Civil Veterinary Department Bihar reports 1936-40 - 1936-1940
Year: 1936
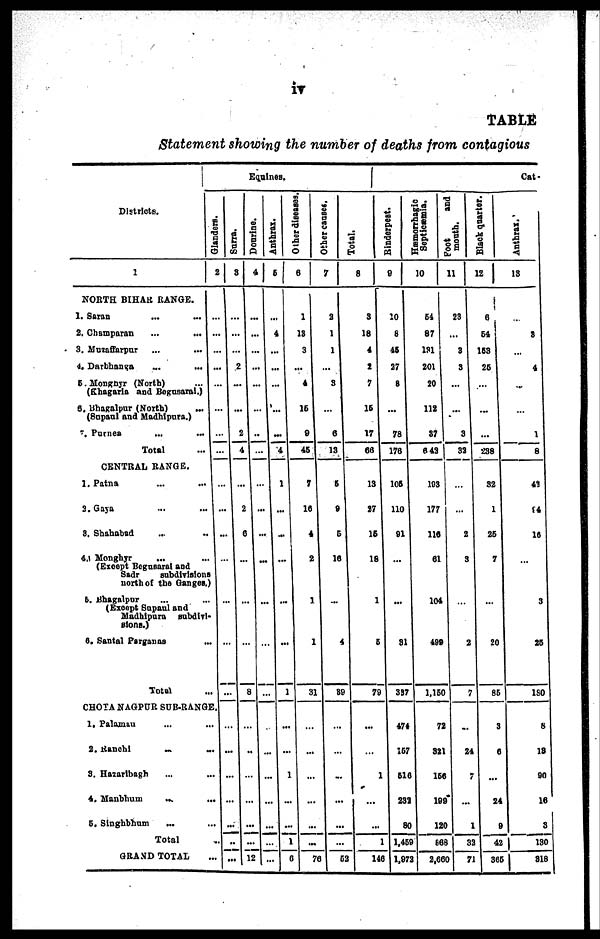
iv
TABLE
Statement showing the number of deaths from contagious
Districts.
1
NORTH BIHAR RANGE.
1. Saran ... ...
2. Champaran... ...
3. Muzaffarpur ... ...
4. Darbhanga ... ...
5. Mongnyr (North) ...
(Khagaria and Begusaral.)
6, Bhagalpur (North)
...
(Snpanl and Madhipura.)
7. Purnea ... ...
Total ...
CENTRAL RANGE.
1. Patna ... ...
3. Gaya ... ...
8. Shahabad ... ...
4. Monghyr ... ...
(Except Begnsarai and
Sadr
subdivisions
north of the Ganges.)
5. Bhagalpar ... ...
(Except Supaul and
Madhipura subdivi-
sions.)
6. Santal Parganas ...
Total
CHOTA NAGPUR SUB-RANGE
1. Palaman ...
2.
Ranchi
...
3. Hazaribagh ...
4.
Manbhum
...
5. Singhbhum
...
Total
GRAND TOTAL
Equines.
Glanders.
2
...
...
...
...
...
...
...
...
...
...
..
...
...
...
...
...
...
..
...
...
...
...
Sana.
8
...
...
...
2
...
...
2
4
...
2
6
...
...
...
...
...
...
...
...
...
...
...
Dourine.
4
...
...
...
...
...
...
..
...
...
...
...
...
...
...
8
... ...
... ...
... ...
... ...
... ...
... ...
12 ..
Anthrax.
5
...
4
...
...
...
...
...
4
1
...
...
...
...
...
1
...
...
1
...
...
1
6
Other diseases
6
1
13
3
...
4
16
9
45
7
16
4
2
1
1
31
...
...
...
...
...
...
76
Other causes.
7
2
1
1
...
3
...
6
13
5
9
5
16
...
4
89
...
...
...
...
...
...
52
Total.
8
3
18
4
2
7
15
17
66
13
27
15
18
1
5
79
...
...
1
...
...
1
146
Cat-
Rinderpest.
9
10
8
45
27
8
...
78
176
106
110
91
...
...
81
337
474
167
616
232
80
1,459
1,972
Hæmorrhagic
Septicæmia.
10
54
87
181
201
20
112
37
643
103
177
116
61
104
499
1,150
72
321
150
199
120
868
2,660
Foot
and
mouth.
11
23
...
3
3
...
...
3
32
...
...
2
3
...
2
7
...
24
7
...
1
32
0
71
Black quarter.
12
6
54
153
25
...
...
...
238
32
1
26
7
...
20
85
3
6
...
24
9
42
366
Anthrax.
13
...
3
...
4
...
...
1
8
41
14
16
...
3
26
180
8
18
90
16
3
130
318